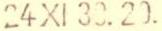
24 XI 39. 20.